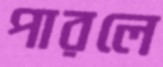
পারলে